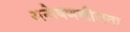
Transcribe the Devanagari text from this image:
अन्वेषणशीलता